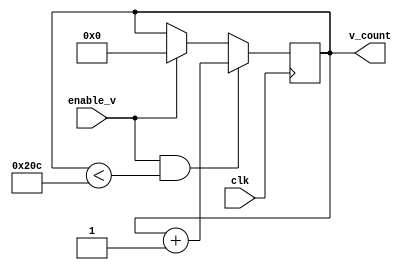
`timescale 1ns / 1ps
//////////////////////////////////////////////////////////////////////////////////
// Company: 
// Engineer: 
// 
// Design Name: 
// Module Name: v_counter
// Project Name: 
// Target Devices: 
// Tool Versions: 
// Description: 
// 
// Dependencies: 
// 
// Revision:
// Revision 0.01 - File Created
// Additional Comments:
// 
//////////////////////////////////////////////////////////////////////////////////

module v_counter(clk,enable_v,v_count);
    input clk;
    input enable_v;
    output[9:0] v_count;
    reg[9:0] v_count;
    initial begin
        v_count = 0;
    end
    always @( posedge clk )
    begin
        if (enable_v & (v_count < 524))
        begin 
                v_count <= v_count + 1;    
        end
        else if (enable_v)
        begin
            v_count <= 0;        
        end
    end
endmodule